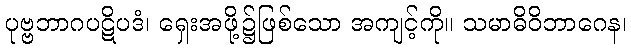
ပုဗ္ဗဘာဂပဋိပဒံ၊ ရှေးအဖို့၌ဖြစ်သော အကျင့်ကို။ သမာဓိဝိဘာဂေန၊